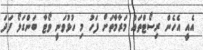
އެއީ އެހެން ރިސޯޓްތައް މަރާމާތަށް ފަހު މި ހުޅުވަނީ ވޯޓާ ބަންގަލޯ ފަދަ